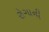
રોગાની